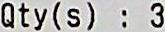
QTY(S) : 3